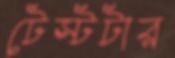
টেস্টটার